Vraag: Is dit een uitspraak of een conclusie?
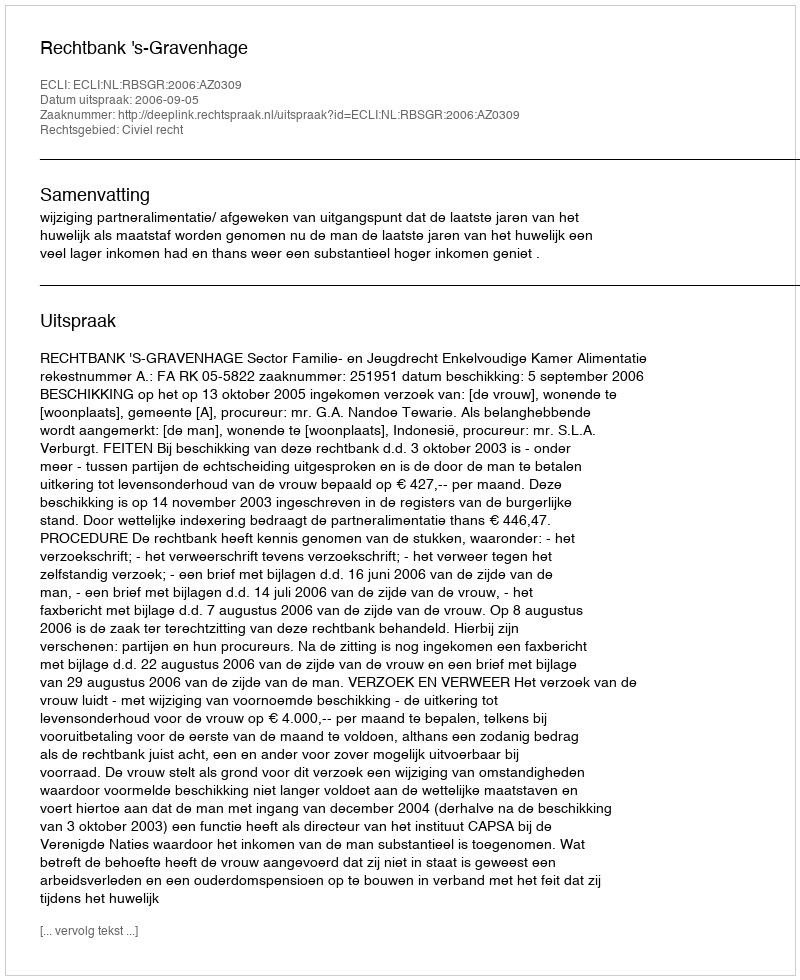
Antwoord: Uitspraak